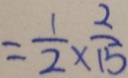
= \frac { 1 } { 2 } \times \frac { 2 } { 1 5 }